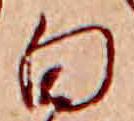
白